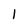
Character: 1